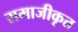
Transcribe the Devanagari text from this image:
समाजीकृत